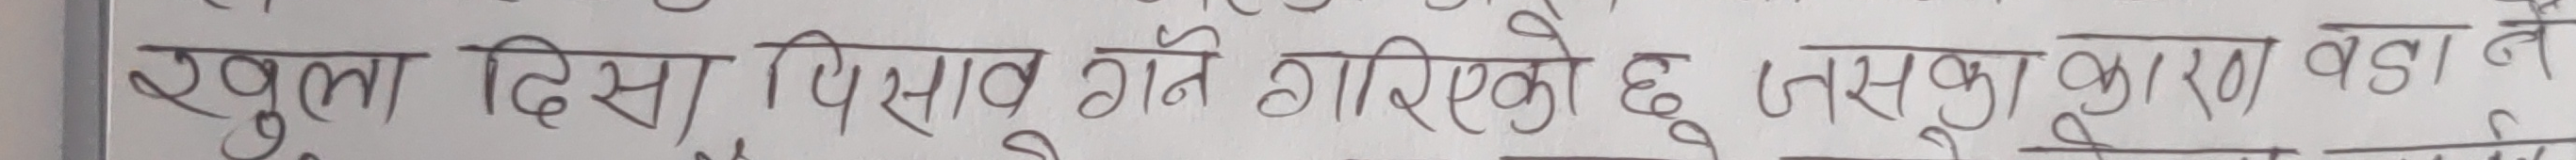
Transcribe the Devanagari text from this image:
खुला दिसि पिसाव गर्ने गरिएको छ जसका कारण बडा ने